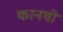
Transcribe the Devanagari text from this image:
कानवी